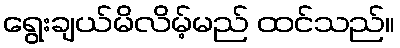
ရွေးချယ်မိလိမ့်မည် ထင်သည်။